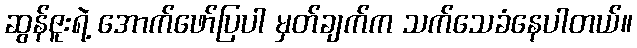
ဆွန်ဇူးရဲ့ အောက်ဖော်ပြပါ မှတ်ချက်က သက်သေခံနေပါတယ်။